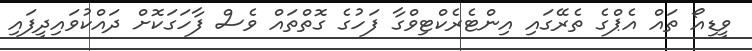
ވީޑިއޯ ތައް އެޕްގެ ތެރޭގައި އިންޓެރެކްޓިވްގާ ފަހުގެ ގޮތްތައް ވެސް ފާހަގަކޮށް ދައްކުވައިދީފައި